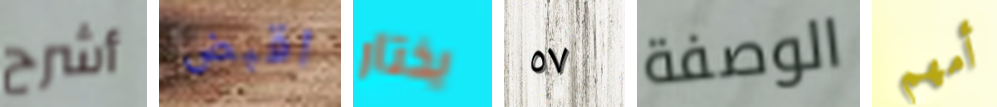
أشرح اقبض يختار ٥٧ الوصفة أمهم